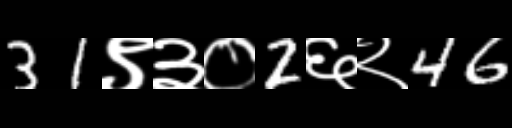
Text: 31९३०2६२46